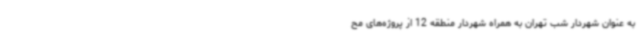
به عنوان شهردار شب تهران به همراه شهردار منطقه 12 از پروژه‌های مح